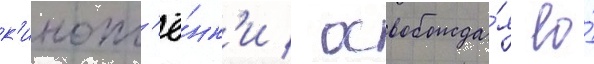
к'инопл'ё́нк'и / освобожда́я ео́